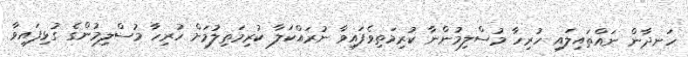
ހަނދާން ނައްތައިލައި ހުރިހާ މުސްލިމުންނާ ކުރިމަތިވެފައިވާ ނުރައްކަލާ ކުރިމަތިލުމަށް ހުރިހާ މުސްލިމުންގެ ގުޅިފައިވާ